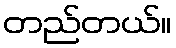
တည်တယ်။